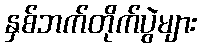
နှစ်ဘက်တိုက်ပွဲများ